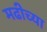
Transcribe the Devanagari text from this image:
मढीच्या